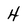
Character: 4